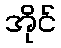
အိုင်